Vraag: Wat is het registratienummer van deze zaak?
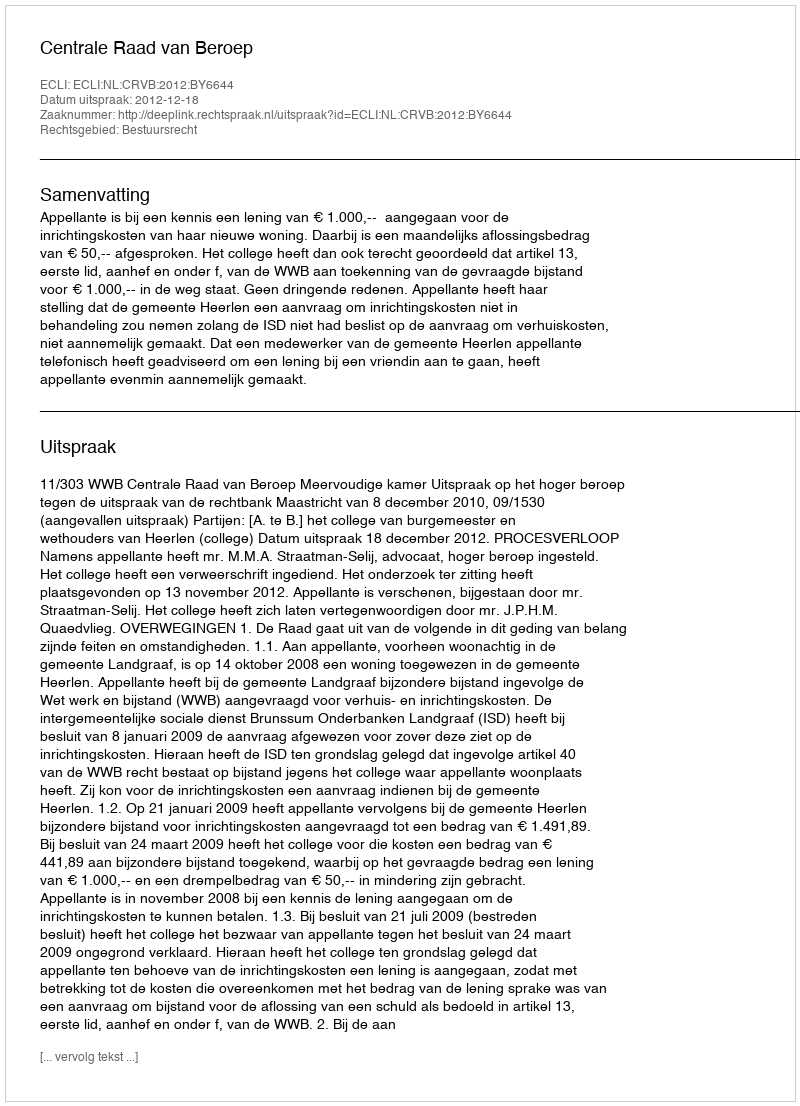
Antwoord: http://deeplink.rechtspraak.nl/uitspraak?id=ECLI:NL:CRVB:2012:BY6644